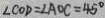
\angle C O D = \angle A O C = 4 5 ^ { \circ }